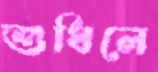
শুধিলে